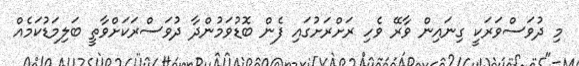
މި ދުވަސްވަރަކީ ގިނައިން ވާރޭ ވެހި ރަށްރަށުގައި ފެން ބޮޑުވަމުންދާ ދުވަސްރަކަށްވާތީ ބަލިމަޑުކަމެއް